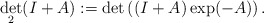
\begin{align*}\det_{2}(I+A):=\det\left((I+A)\exp(-A)\right).\end{align*}